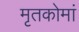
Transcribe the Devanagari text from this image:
मृतकोमां